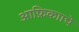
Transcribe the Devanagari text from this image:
आफ्रिकााचे